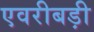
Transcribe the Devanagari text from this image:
एवरीबड़ी